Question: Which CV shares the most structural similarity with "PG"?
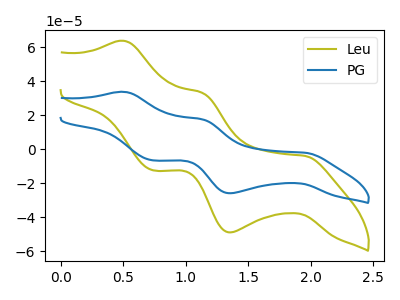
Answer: <think>The olive curve "Leu" has anodic peaks at (0.50V, 63.80uA) (1.15V, 33.20uA) and cathodic peaks at (1.95V, -3.95uA) (1.35V, -49.00uA) (0.75V, -12.45uA). The blue curve "PG" has anodic peaks at (0.50V, 33.80uA) (1.15V, 17.60uA) and cathodic peaks at (1.95V, -2.10uA) (1.35V, -25.95uA) (0.75V, -6.60uA).
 All the peaks in "Leu" have a peak in "PG" at the same potential. Every peak in "Leu" is higher than every peak in "PG".</think>
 <answer>The CV with the most similar shape to "Leu" is "PG".</answer>
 <eval>"PG"</eval>